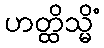
ဟတ္ထိသ္မိံ